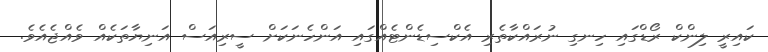
ކައިރީ ލިންކް ރޯޑްގައި ހިނގި ނުރައްކާތެރި އެކްސިޑެންޓެއްގައި އަންހެނަކަށް ސީރިއަސް އަނިޔާތަކެއް ވެއްޖެއެވެ.